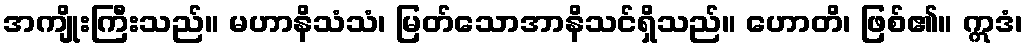
အကျိုးကြီးသည်။ မဟာနိသံသံ၊ မြတ်သောအာနိသင်ရှိသည်။ ဟောတိ၊ ဖြစ်၏။ ဣဒံ၊